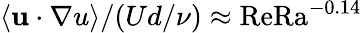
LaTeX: \left\langle{\mathbf u\cdot\nabla u}\right\rangle/(Ud/\nu)\approx\mathrm{ReRa}^{-0.14}